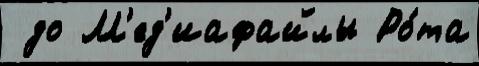
 до М'ед'иафайлы Ро́та